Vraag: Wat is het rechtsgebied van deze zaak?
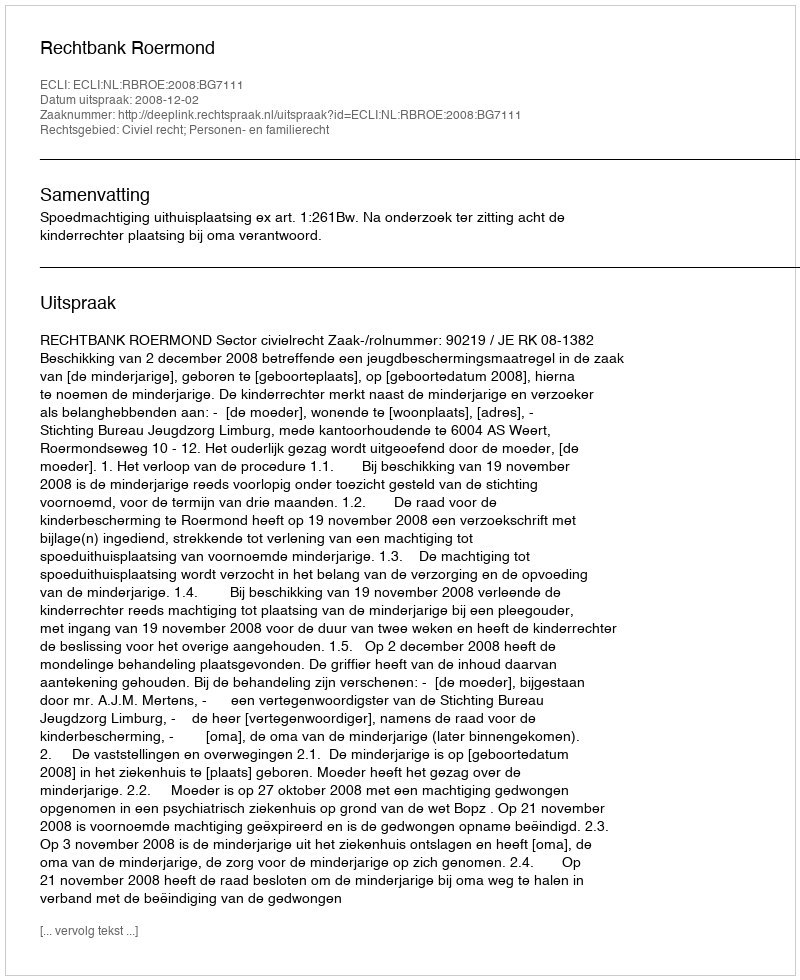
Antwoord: Civiel recht; Personen- en familierecht